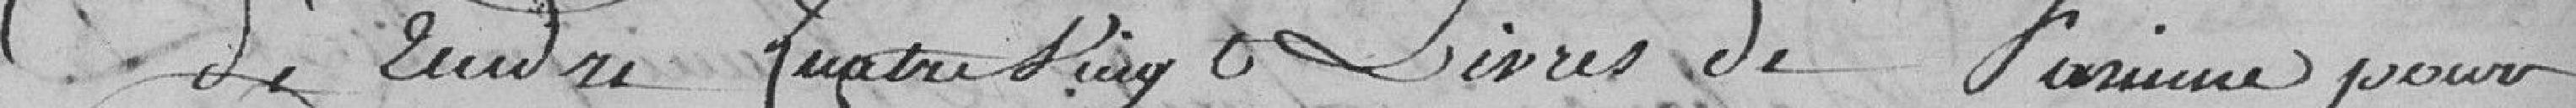
de rendre quatre vingt livres de farine pour